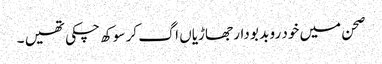
صحن میں خود رو بد بو دار جھاڑیاں اگ کر سوکھ چکی تھیں ۔